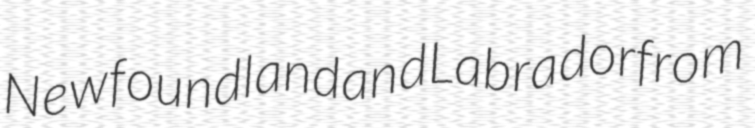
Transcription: Newfoundland and Labrador from